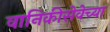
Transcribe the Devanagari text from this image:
वानिकीसेवेच्या